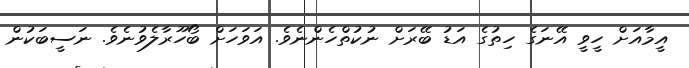
އީމާއަށް ހީވީ އޭނަގެ ހިތުގެ އަޑު ބޭރަށް ނުކުތްހެންނެވެ. އަވަހަށް ބޯހޫރާލެވުނެވެ. ނަސީބަކުން